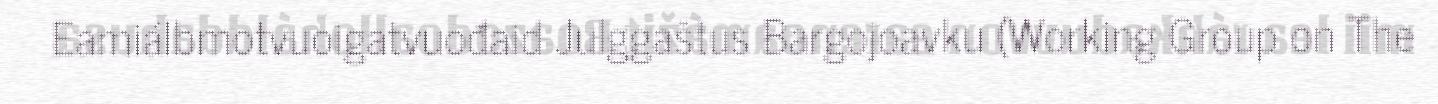
Eamiálbmotvuoigatvuođaid Julggaštus Bargojoavku (Working Group on The